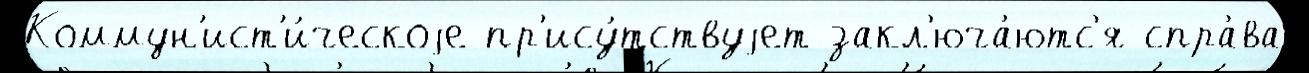
Коммун'ист'и́ческоjе пр'ису́тствуjет закл'юча́ютс'я спра́ва